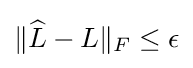
\|{\widehat {L}}-L\|_{F}\leq \epsilon